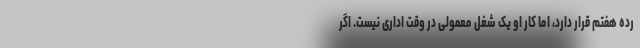
رده هفتم قرار دارد، اما کار او یک شغل معمولی در وقت اداری نیست. اگر